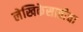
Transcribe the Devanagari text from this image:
लेखिकेसाठीचा